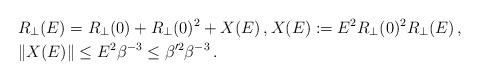
LaTeX: \begin{align*}&R_\bot(E)=R_\bot(0)+R_\bot(0)^2+X(E)\,,X(E):=E^2R_\bot(0)^2R_\bot(E)\,,\\ &\|X(E)\|\leq E^2\beta^{-3}\leq \beta'^2\beta^{-3}\,.\end{align*}